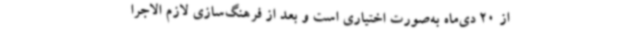
از 20 دی‌ماه به‌صورت اختیاری است و بعد از فرهنگ‌سازی لازم الاجرا